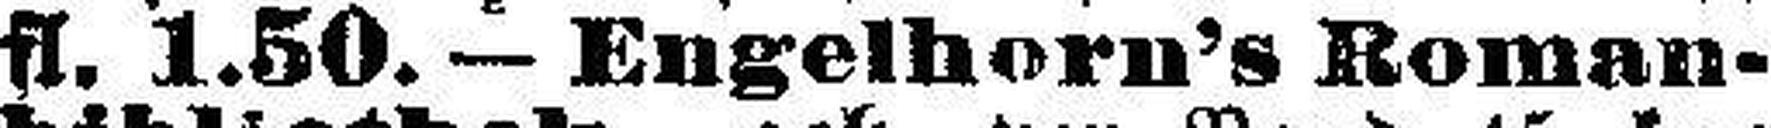
fl. 1.50. — Engelhorn’s Roman¬